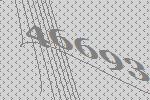
46693